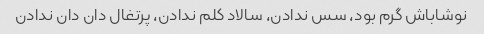
نوشاباش گرم بود، سس ندادن، سالاد کلم ندادن، پرتغال دان دان ندادن